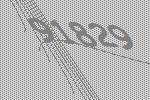
91829